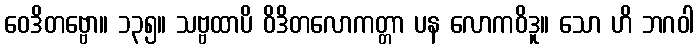
ဝေဒိတဗ္ဗော။ ၁၃၅။ သဗ္ဗထာပိ ဝိဒိတလောကတ္တာ ပန လောကဝိဒူ။ သော ဟိ ဘဂဝါ